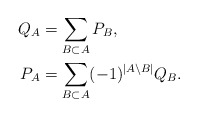
\begin{align*} Q_A &= \sum_{B \subset A} P_B, \\ P_A &= \sum_{B \subset A} (-1)^{|A \setminus B|} Q_B.\end{align*}